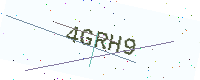
Text: 4GRH9